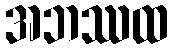
အဘဿထ